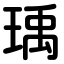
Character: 瑀